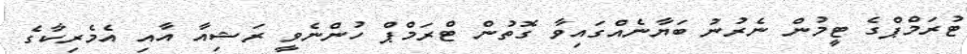
ޓުރަމްޕްގެ ޓީމުން ނެރުނު ބަޔާނެއްގައިވާ ގޮތުން ޓްރަމްޕް ހުންނެވީ ރަޝިއާ އާއި އެމެރިކާގެ